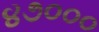
૪૭૦૦૦